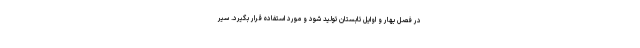
در فصل بهار و اوایل تابستان تولید شود و مورد استفاده قرار بگیرد. سیر